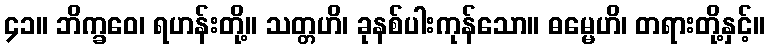
၄၁။ ဘိက္ခဝေ၊ ရဟန်းတို့။ သတ္တဟိ၊ ခုနစ်ပါးကုန်သော။ ဓမ္မေဟိ၊ တရားတို့နှင့်။